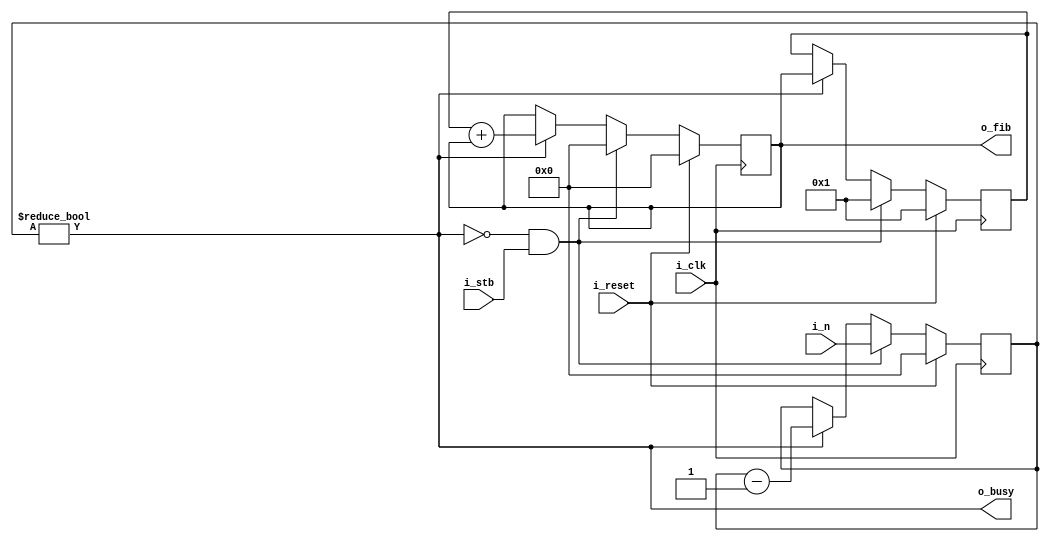
/* fib.v
 * Test of calculating the nth value of the fibbonachi sequence
 */
module fib (
    // global control signals
    i_reset,
    i_clk,

    // control signals
    i_stb,
    o_busy,

    // module inputs/outputs
    i_n,
    o_fib
);
parameter WIDTH = 32;
localparam [WIDTH-1:0] RESET = 0;
localparam [WIDTH-1:0] ONE   = 1;

// global control signals
input wire i_reset;
input wire i_clk;

// control signals
input  wire i_stb;
output wire o_busy;

// module io
input  wire [WIDTH-1:0] i_n;
output wire [WIDTH-1:0] o_fib;

reg [WIDTH-1:0] iteration;
reg [WIDTH-1:0] prev;
reg [WIDTH-1:0] current;

assign o_busy = (iteration != RESET);
assign o_fib  = current;

always @(posedge i_clk) begin
    if (!o_busy && i_stb) begin
        iteration <= i_n;
        prev    [WIDTH-1:0] <= 1;
        current [WIDTH-1:0] <= 0;
    end
    else if (o_busy) begin
        iteration <= iteration - ONE;
        current   <= prev + current;
        prev      <= current;
    end

    if (i_reset) begin
        iteration <= RESET;
        prev    [WIDTH-1:0] <= 1;
        current [WIDTH-1:0] <= 0;
    end
end

endmodule